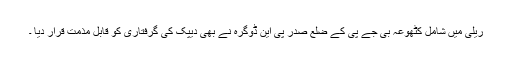
ریلی میں شامل کٹھوعہ بی جے پی کے ضلع صدر پی این ڈوگرہ نے بھی دیپک کی گرفتاری کو قابلِ مذمت قرار دیا ۔